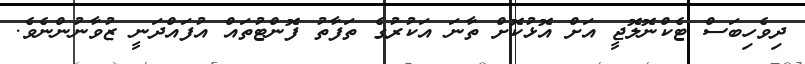
ދިވެހިބަސް ޓެކްނޮލޮޖީ އަށް އޮޅުކޮށް ތާނަ އަކުރުގެ ތަފާތު ފޮންޓުތައް އުފައްދަނީ ޒުވާނުންނެވެ.